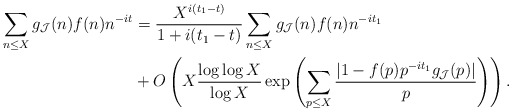
\begin{align*}\sum_{\substack{n \leq X}} g_{\mathcal{J}}(n) f(n)n^{-it} &= \frac{X^{i(t_1-t)}}{1+ i(t_1-t)} \sum_{n \leq X} g_{\mathcal{J}}(n) f(n)n^{-it_1} \\& + O\left(X \frac{\log\log X}{\log X} \exp \left(\sum_{p \leq X} \frac{|1-f(p)p^{-it_1} g_{\mathcal{J}}(p)|}{p}\right)\right).\end{align*}